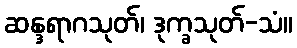
ဆန္ဒရာဂသုတ်၊ ဒုက္ခသုတ်-သံ။